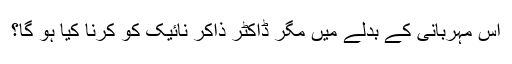
اس مہربانی کے بدلے میں مگر ڈاکٹر ذاکر نائیک کو کرنا کیا ہو گا؟